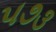
૫૭૩